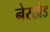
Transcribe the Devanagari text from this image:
नेरखेड